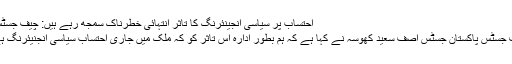
احتساب پر سیاسی انجینئرنگ کا تاثر انتہائی خطرناک سمجھ رہے ہیں: چیف جسٹس | Asal Media – اصل میڈیا
اسلام آباد (اصل میڈیا ڈیسک) چیف جسٹس پاکستان جسٹس آصف سعید کھوسہ نے کہا ہے کہ ہم بطور ادارہ اس تاثر کو کہ ملک میں جاری احتساب سیاسی انجنیئرنگ ہے بہت خطرناک سمجھ رہے ہیں۔